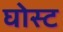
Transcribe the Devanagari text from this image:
घोस्‍ट